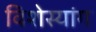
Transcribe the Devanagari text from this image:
विशेस्यांग